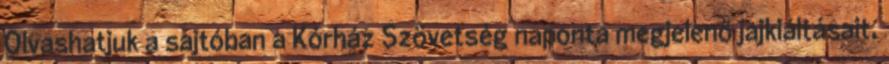
Olvashatjuk a sajtóban a Kórház Szövetség naponta megjelenő jajkiáltásait,